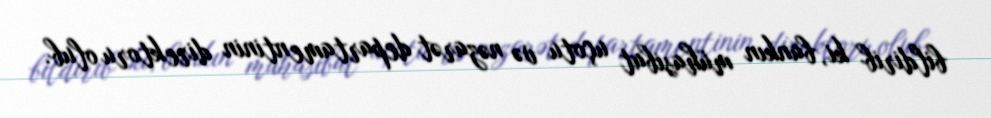
bildirib ki, bankın mühasibat uçotu və nəzarət departamentinin direktoru olub.